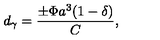
d _ { \gamma } = { \frac { \pm \Phi a ^ { 3 } ( 1 - \delta ) } { C } } ,